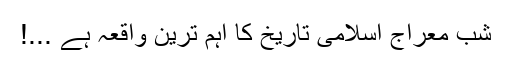
شبِ معراج اسلامی تاریخ کا اہم ترین واقعہ ہے ...!